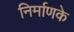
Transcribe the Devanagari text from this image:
निर्माणके